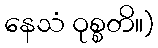
နေသံ ဝုစ္စတိ။)